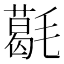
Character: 𣰌